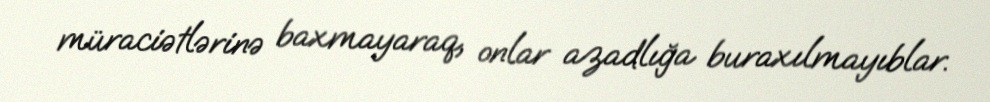
müraciətlərinə baxmayaraq, onlar azadlığa buraxılmayıblar.